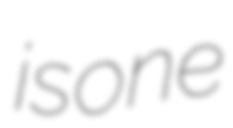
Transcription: is one